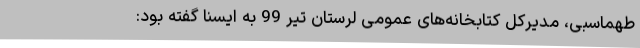
طهماسبی، مدیرکل کتابخانه‌های عمومی لرستان تیر 99 به ایسنا گفته بود: